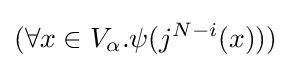
(\forall x\in V_{\alpha }.\psi (j^{N-i}(x)))